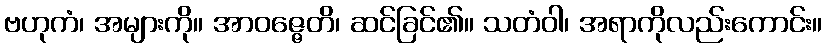
ဗဟုကံ၊ အများကို။ အာဝဇ္ဇေတိ၊ ဆင်ခြင်၏။ သတံဝါ၊ အရာကိုလည်းကောင်း။